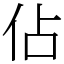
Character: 佔